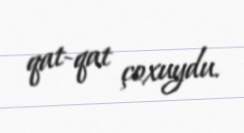
qat-qat çoxuydu.